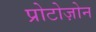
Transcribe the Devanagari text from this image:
प्रोटोज़ोन